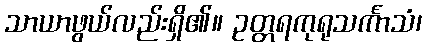
သာယာဖွယ်လည်းရှိ၏။ ဥတ္တရကုရုသင်္ကာသံ၊